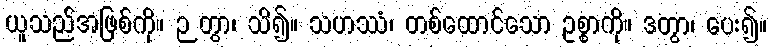
ယူသည်အဖြစ်ကို။ ဉတွာ၊ သိ၍။ သဟဿံ၊ တစ်ထောင်သော ဥစ္စာကို။ ဒတွာ၊ ပေး၍။